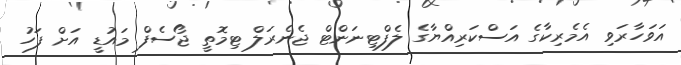
އަވަހާރަވި އެމެރިކާގެ އަސްކަރިއްޔާގެ ލެފްޓިނަންޓް ޖެނެރަލް ޓިމޮތީ ޖޯސެފް މައުޑީ އަށް ފަހު